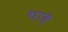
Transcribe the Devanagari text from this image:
थाहे